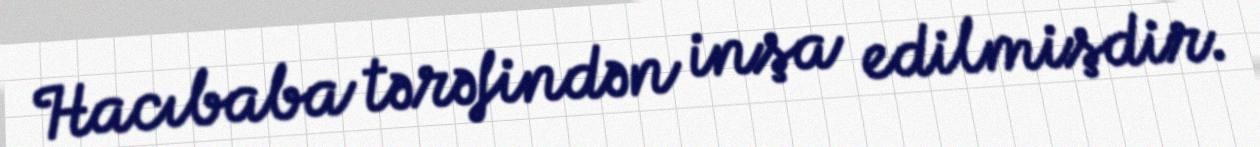
Hacıbaba tərəfindən inşa edilmişdir.